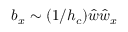
b _ { x } \sim ( 1 / h _ { c } ) \hat { w } \hat { w } _ { x }